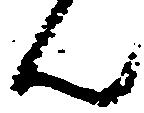
ん